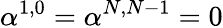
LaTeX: \alpha^{1,0}=\alpha^{N,N-1}=0